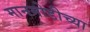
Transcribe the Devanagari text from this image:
मानमोडीच्या